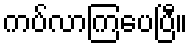
ကပ်လာကြပေပြီ။